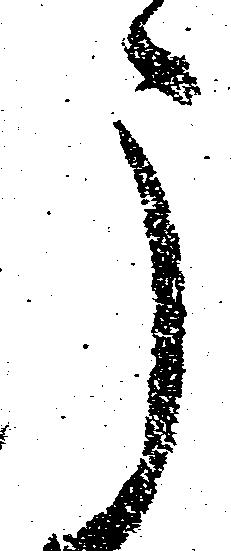
う